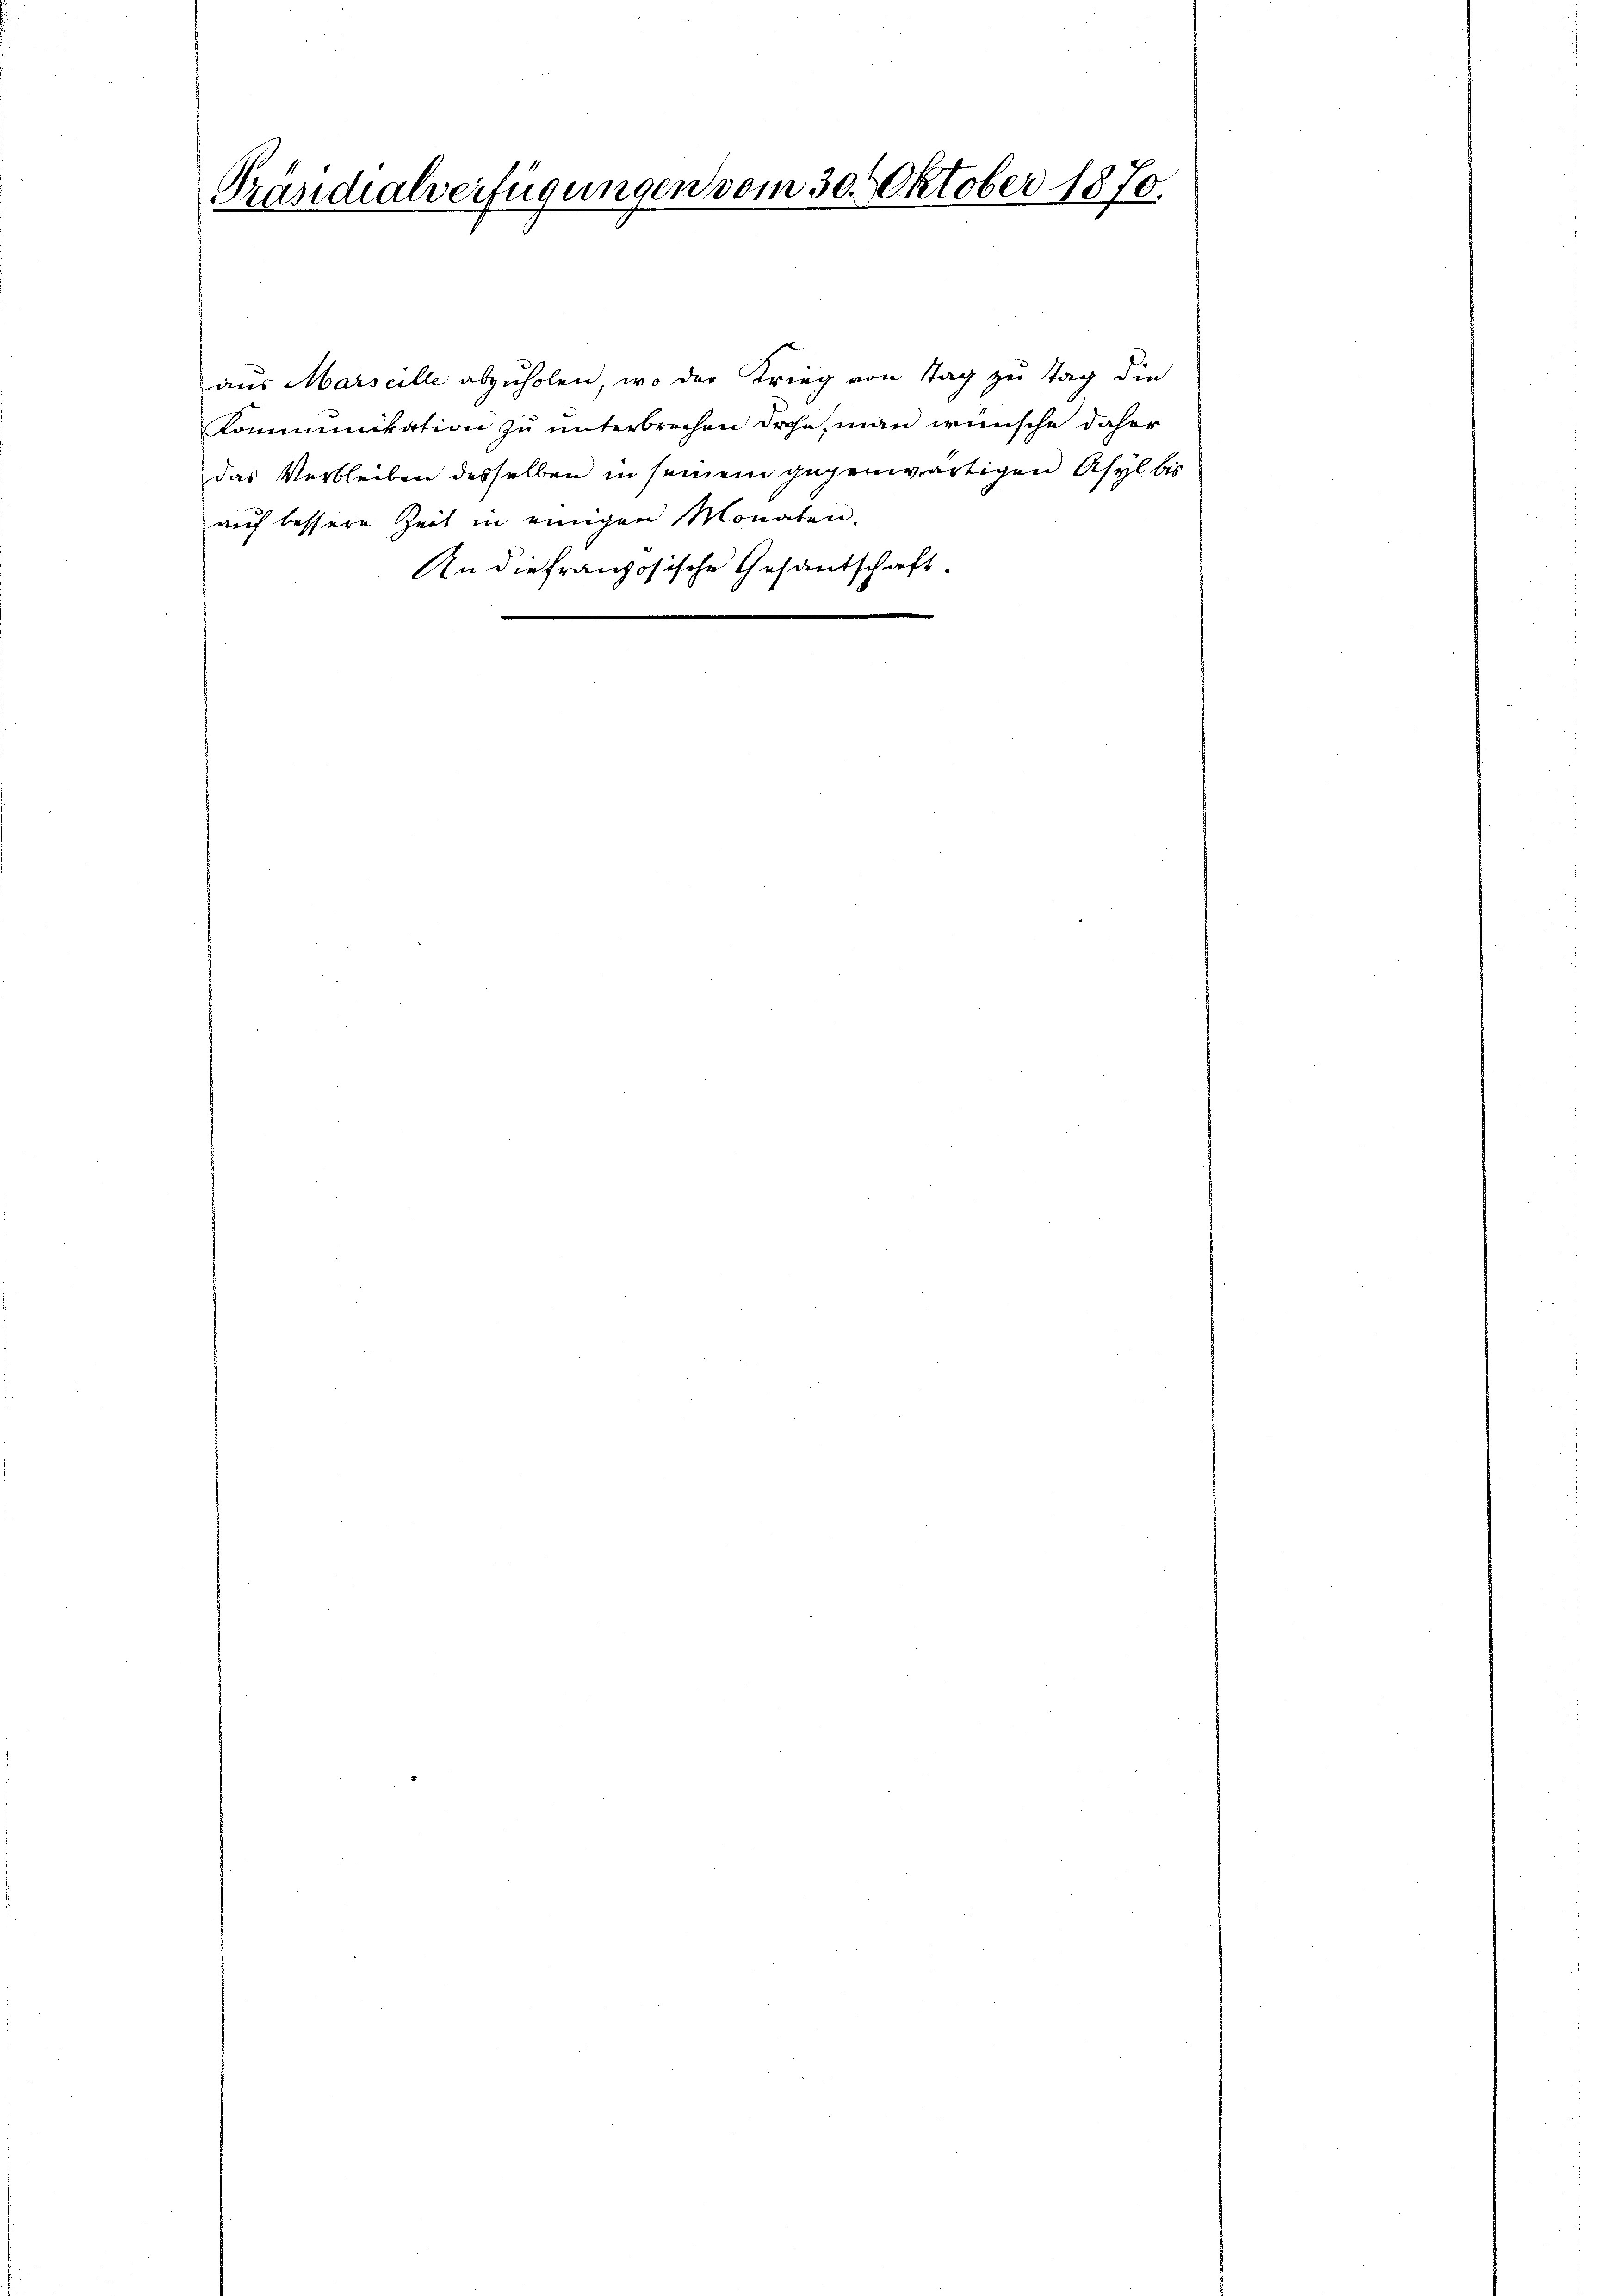
Präsidialverfügungen vom 30. Oktober 1870.

aus Marseille abzuholen, wo der Krieg von Tag zu Tag die
Kommunikation zu unterbrechen drohe, man wünsche daher
das Verbleiben desselben in seinem gegenwärtigen Asyl bis
auf bessere Zeit in einigen Monaten.
An die französische Gesandschaft.